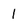
Character: 1